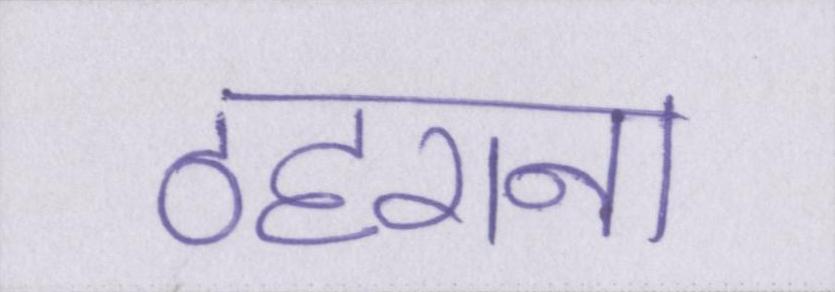
ठहराना